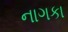
નાગકા